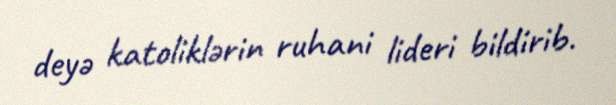
deyə katoliklərin ruhani lideri bildirib.